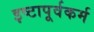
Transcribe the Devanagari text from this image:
इष्टापूर्वकर्म